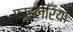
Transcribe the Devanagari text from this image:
फ़ाइलेरिया